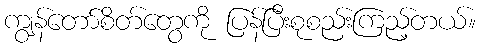
ကျွန်တော်စိတ်တွေကို ပြန်ပြီးစုစည်းကြည့်တယ်။